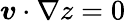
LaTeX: \boldsymbol{v}\cdot\nabla z=0